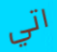
اتي